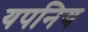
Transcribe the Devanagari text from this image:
यपनिय